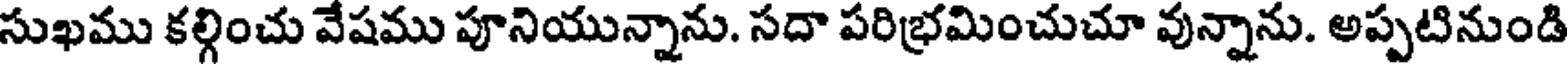
సుఖము కల్గించు వేషము పూనియున్నాను. సదా పరిభ్రమించుచూ వున్నాను. అప్పటినుండి